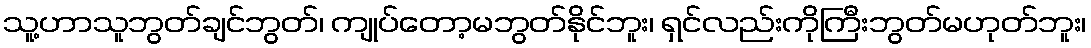
သူ့ဟာသူဘွတ်ချင်ဘွတ်၊ ကျုပ်တော့မဘွတ်နိုင်ဘူး၊ ရှင်လည်းကိုကြီးဘွတ်မဟုတ်ဘူး၊